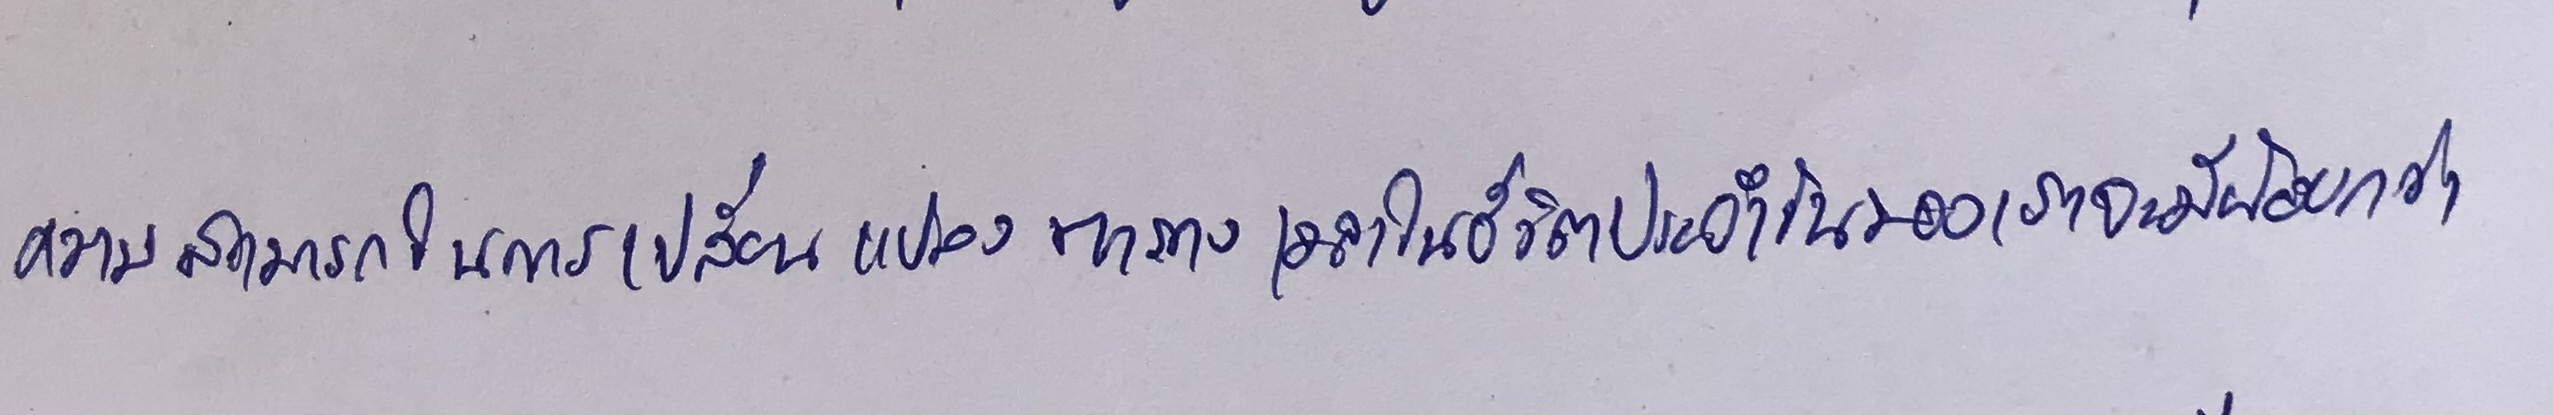
ความสามารถในการเปลี่ยนแปลงตารางเวลาในชีวิตประจำวันของเราจะมีน้อยกว่า